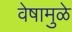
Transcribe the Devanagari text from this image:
वेषामुळे